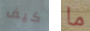
كيف ما